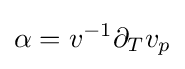
\alpha =v^{-1}\partial _{T}v_{p}